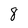
Character: 8